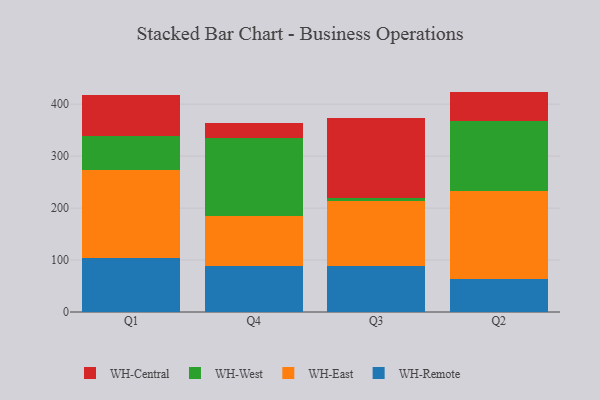
{"axis": {"x": "Quarter", "y": "Page Views"}, "legend": ["WH-Central", "WH-East", "WH-Remote", "WH-West"], "data": [{"x": "Q1", "y": 104.6, "type": "WH-Remote"}, {"x": "Q1", "y": 168.8, "type": "WH-East"}, {"x": "Q1", "y": 65.4, "type": "WH-West"}, {"x": "Q1", "y": 78.2, "type": "WH-Central"}, {"x": "Q4", "y": 88.7, "type": "WH-Remote"}, {"x": "Q4", "y": 95.5, "type": "WH-East"}, {"x": "Q4", "y": 151.6, "type": "WH-West"}, {"x": "Q4", "y": 27.6, "type": "WH-Central"}, {"x": "Q3", "y": 88.8, "type": "WH-Remote"}, {"x": "Q3", "y": 125.4, "type": "WH-East"}, {"x": "Q3", "y": 5.1, "type": "WH-West"}, {"x": "Q3", "y": 153.8, "type": "WH-Central"}, {"x": "Q2", "y": 64.2, "type": "WH-Remote"}, {"x": "Q2", "y": 169.4, "type": "WH-East"}, {"x": "Q2", "y": 133.3, "type": "WH-West"}, {"x": "Q2", "y": 57.3, "type": "WH-Central"}]}